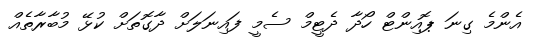
އެންމެ ގިނަ ޕޮއިންޓް ހޯދާ ދެޓީމް ސެމީ ފައިނަލަށް ދާގޮތަށް ކުޅޭ މުބާރާތެއް